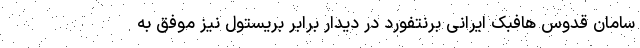
سامان قدوس هافبک ایرانی برنتفورد در دیدار برابر بریستول نیز موفق به